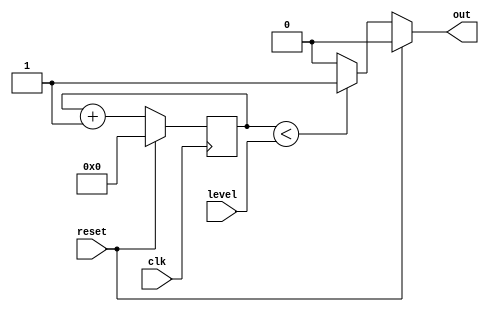
`default_nettype none
`timescale 1ns/1ns

module pwm #( 
    parameter N = 8,
    parameter INV = 0
    )(
    input wire clk,
    input wire reset,
    output wire out,
    input wire [N-1:0] level
    );
    
    reg [N-1:0] counter;

    always @(posedge clk)
    begin
        if (reset)
            counter <= 8'b00000000;
        else
            counter <= counter + 1'b1;
    end

    if (!INV)
        assign out = (reset) ? 0 : (counter < level) ? 1 : 0;
    else
        assign out = (reset) ? 0 : (counter < level) ? 0 : 1;

endmodule